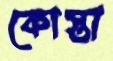
কোস্তা